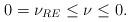
LaTeX: \begin{align*} 0=\nu_{RE}\leq \nu\leq0. \end{align*}